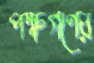
পক্ষগণের